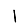
Digit: 1